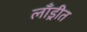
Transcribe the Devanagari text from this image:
लाँड्रीत